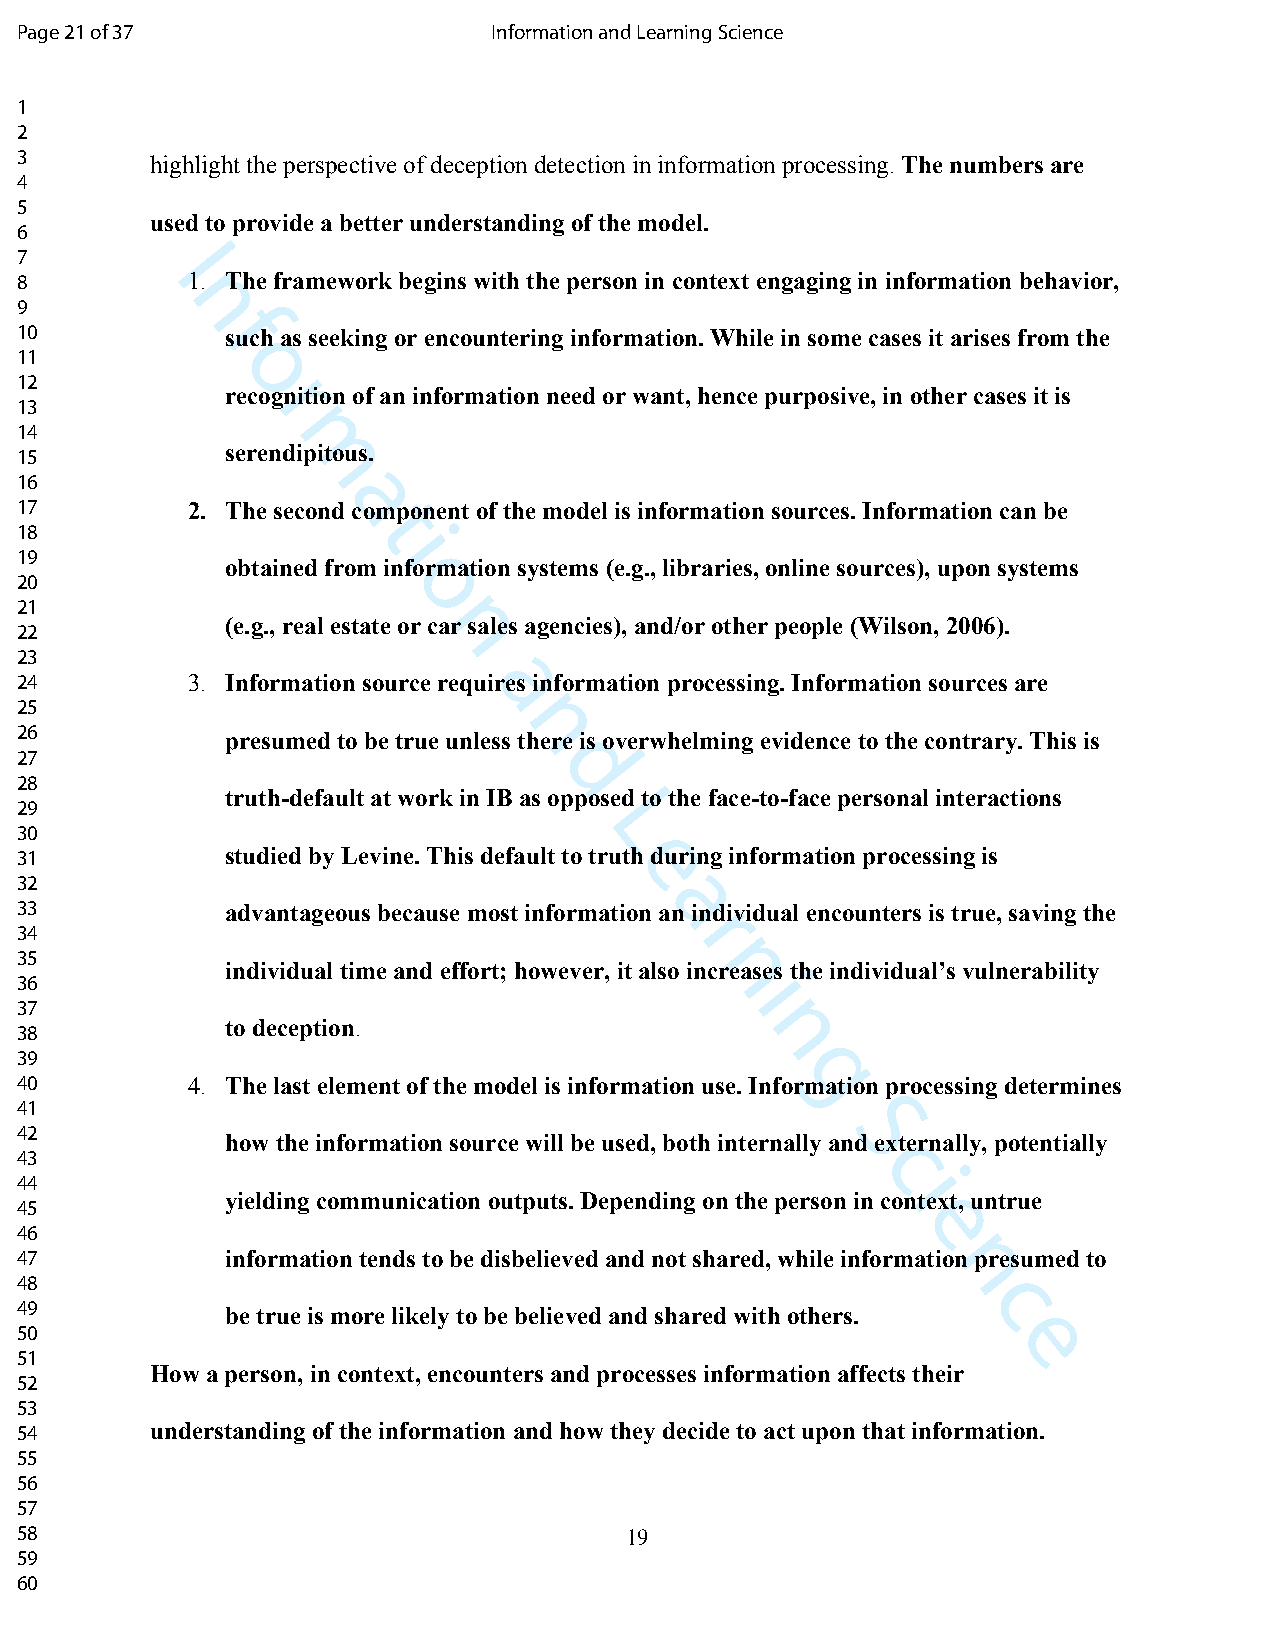
Page 21 of 37                   Information and Learning Science
 1
 2
 3        highlight the perspective of deception detection in information processing. The numbers are
 4
 5
 used to provide a better understanding of the model.
 6
 7        I
 8          1. The framework begins with the person in context engaging in information behavior,
 n
 9
 f
 10            such as seeking or encountering information. While in some cases it arises from the
 11
 o
 12
 recrognition of an information need or want, hence purposive, in other cases it is
 13
 14
 15
 serenmdipitous.
 16
 a
 17         2. The second component of the model is information sources. Information can be
 t
 18                      i
 19
 obtained from information systems (e.g., libraries, online sources), upon systems
 20                       o
 21
 (e.g., real estate or cnar sales agencies), and/or other people (Wilson, 2006).
 22
 23
 24         3. Information source requaires information processing. Information sources are
 25
 n
 26            presumed to be true unless there is overwhelming evidence to the contrary. This is
 27
 d
 28
 truth-default at work in IB as opposed to the face-to-face personal interactions
 29
 L
 30
 31            studied by Levine. This default to tru eth during information processing is
 32
 a
 33            advantageous because most information an individual encounters is true, saving the
 r
 34
 35
 individual time and effort; however, it also inncreases the individual’s vulnerability
 36                                              i
 37
 38            to deception.                      n
 39
 g
 40         4. The last element of the model is information use. Inform ation processing determines
 41
 42                                                    S
 how the information source will be used, both internally and externally, potentially
 43                                                      c
 44                                                        i
 yielding communication outputs. Depending on the person in context, untrue
 45
 e
 46
 47            information tends to be disbelieved and not shared, while informati non presumed to
 48
 c
 49            be true is more likely to be believed and shared with others.
 50                                                               e
 51
 How a person, in context, encounters and processes information affects their
 52
 53
 54       understanding of the information and how they decide to act upon that information.
 55
 56
 57
 58                                      19
 59
 60